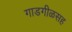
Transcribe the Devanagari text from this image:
गाडगीळसह